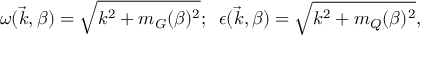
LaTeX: \omega ( \vec { k } , \beta ) = \sqrt { k ^ { 2 } + m _ { G } ( \beta ) ^ { 2 } } ; \; \; \epsilon ( \vec { k } , \beta ) = \sqrt { k ^ { 2 } + m _ { Q } ( \beta ) ^ { 2 } } ,